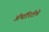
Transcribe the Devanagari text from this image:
ॲथॉरिटीचे